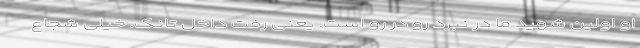
او اولین شهید ما در نبرد رو در رو است. یعنی رفت داخل تانک. خیلی شجاع